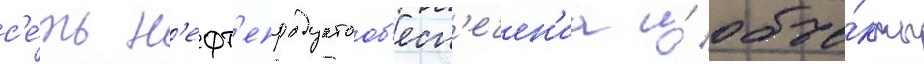
с'е́ть н'ефт'епродуктооб'есп'ечен'иа и́ объе́кты